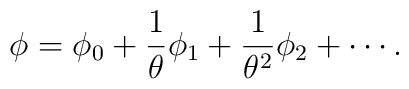
\phi=\phi_{0}+{1\over\theta}\phi_{1}+{1\over\theta^2}\phi_{2}+\cdots .